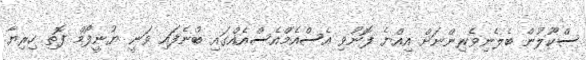
ސްކޫލުން ބެލެނިވެރިންނަށް އިއްޔެ ފޮނުވި އެސްއެމްއެސްއެއްގައި ބުނެފައި ވަނީ ޔުނީފޯމް ފޮތި ހިރިޔާ